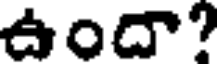
ఉందా?